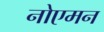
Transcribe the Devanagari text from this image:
नोएमन